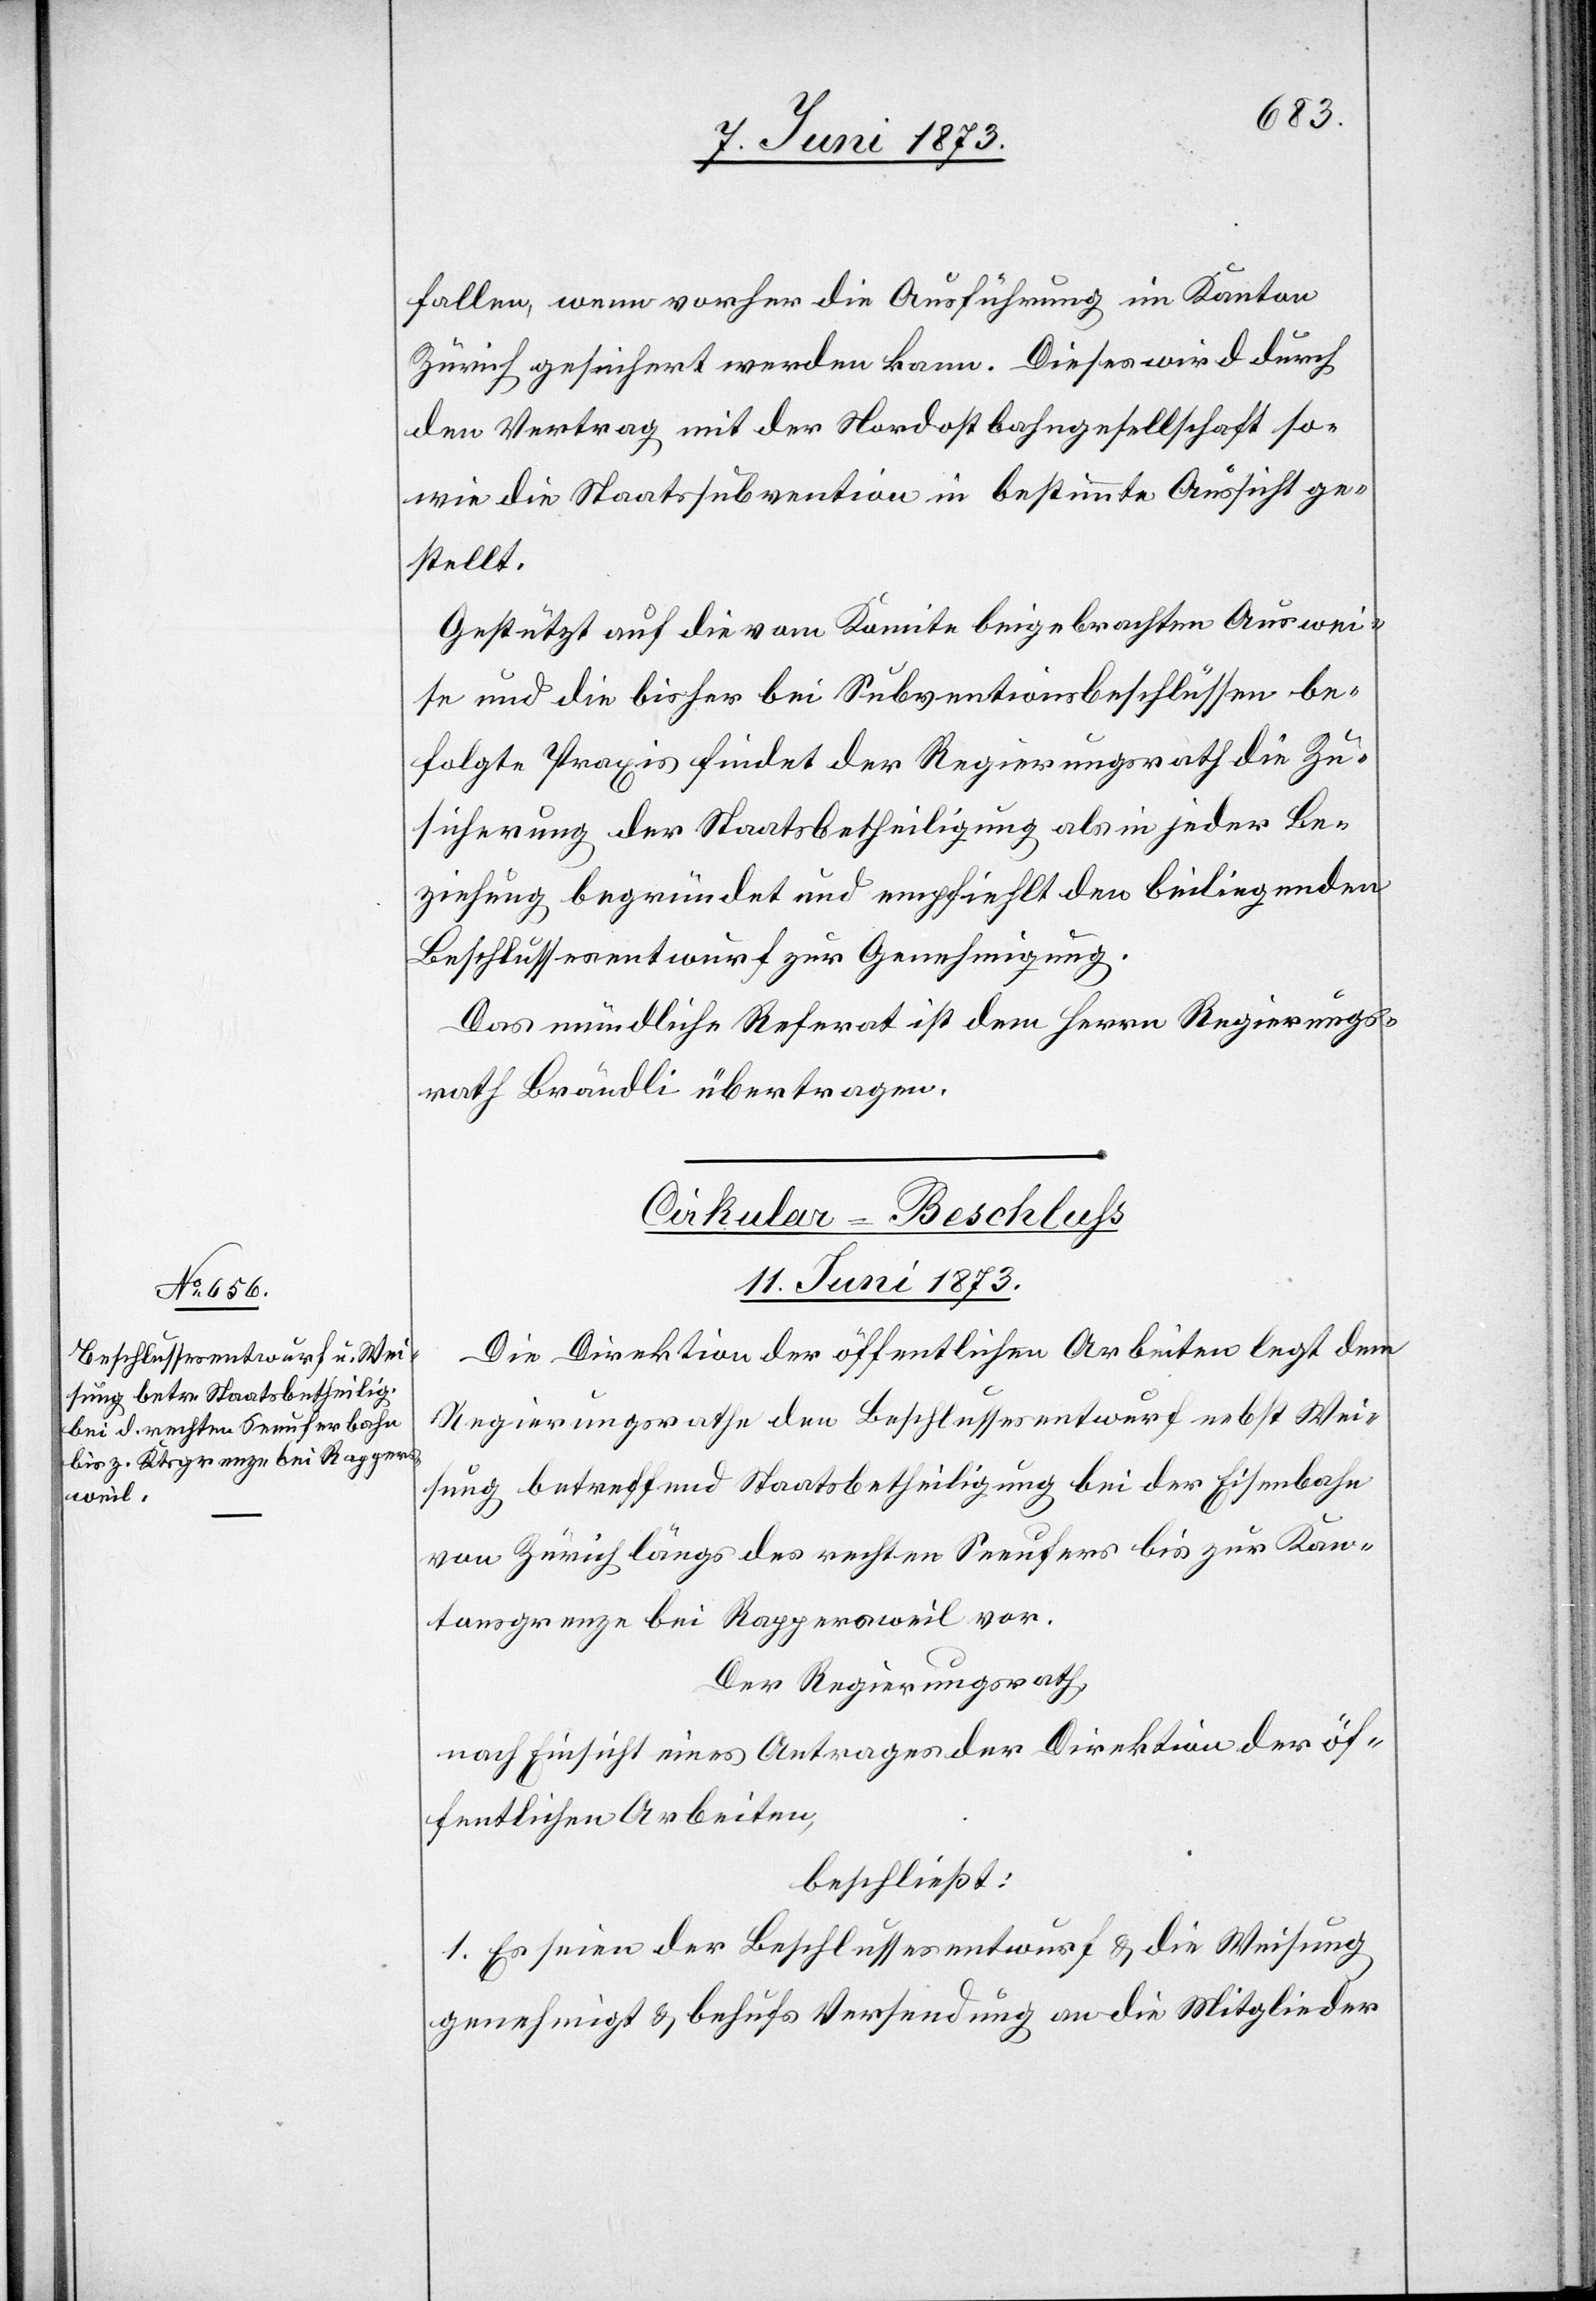
fallen, wenn vorher die Ausführung im Kanton
Zürich gesichert werden kann. Dieses wird durch
den Vertrag mit der Nordostbahngesellschaft so¬
wie die Staatssubvention in bestimmte Aussicht ge¬
stellt.
Gestützt auf die vom Komitee beigebrachten Auswei¬
se und die bisher bei Subventionsbeschlüssen be¬
folgte Praxis findet der Regierungsrath die Zu¬
sicherung der Staatsbetheiligung als in jeder Be¬
ziehung begründet und empfiehlt den beiliegenden
Beschlussesentwurf zur Genehmigung.
Das mündliche Referat ist dem Herrn Regierungs¬
rath Brändli übertragen.
Cirkular-Beschluss
11. Juni 1873.
Die Direktion der öffentlichen Arbeiten legt dem
Regierungsrathe den Beschlussesentwurf nebst Wei¬
sung betreffend Staatsbetheiligung bei der Eisenbahn
von Zürich längs des rechten Seeufers bis zur Kan¬
tonsgrenze bei Rappersweil vor.
Der Regierungsrath,
nach Einsicht eines Antrages der Direktion der öf¬
fentlichen Arbeiten,
beschließt:
1. Es seien der Beschlussesentwurf & die Weisung
genehmigt & behufs Versendung an die Mitglieder